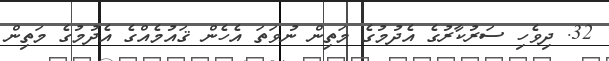
32. ދިވެހި ސަރުކާރުގެ އެދުމުގެ މަތިން ނުވަތަ އެހެން ޤައުމެއްގެ އެދުމުގެ މަތިން